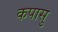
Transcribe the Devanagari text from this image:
कपासु